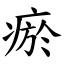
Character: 瘀